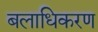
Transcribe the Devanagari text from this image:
बलाधिकरण